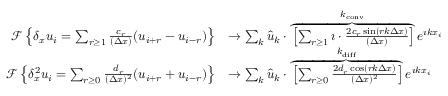
\begin{array} { r } { \begin{array} { r l } { \mathcal { F } \left\{ \delta _ { x } u _ { i } = \sum _ { r \ge 1 } \frac { c _ { r } } { ( \Delta x ) } ( u _ { i + r } - u _ { i - r } ) \right\} } & { \to \sum _ { k } \hat { u } _ { k } \cdot \overbrace { \left[ \sum _ { r \ge 1 } \imath \cdot \frac { 2 c _ { r } \sin ( r k \Delta x ) } { ( \Delta x ) } \right] } ^ { k _ { \mathrm { c o n v } } } e ^ { \imath k x _ { i } } } \\ { \mathcal { F } \left\{ \delta _ { x } ^ { 2 } u _ { i } = \sum _ { r \ge 0 } \frac { d _ { r } } { ( \Delta x ) ^ { 2 } } ( u _ { i + r } + u _ { i - r } ) \right\} } & { \to \sum _ { k } \hat { u } _ { k } \cdot \overbrace { \left[ \sum _ { r \ge 0 } \frac { 2 d _ { r } \cos ( r k \Delta x ) } { ( \Delta x ) ^ { 2 } } \right] } ^ { k _ { \mathrm { d i f f } } } e ^ { \imath k x _ { i } } } \end{array} } \end{array}